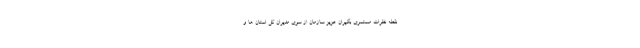
نقطه‌ نظرات مستمری ‌بگیران عزیز سازمان از سوی مدیران کل استان ها و